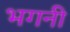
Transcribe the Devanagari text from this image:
भगनी